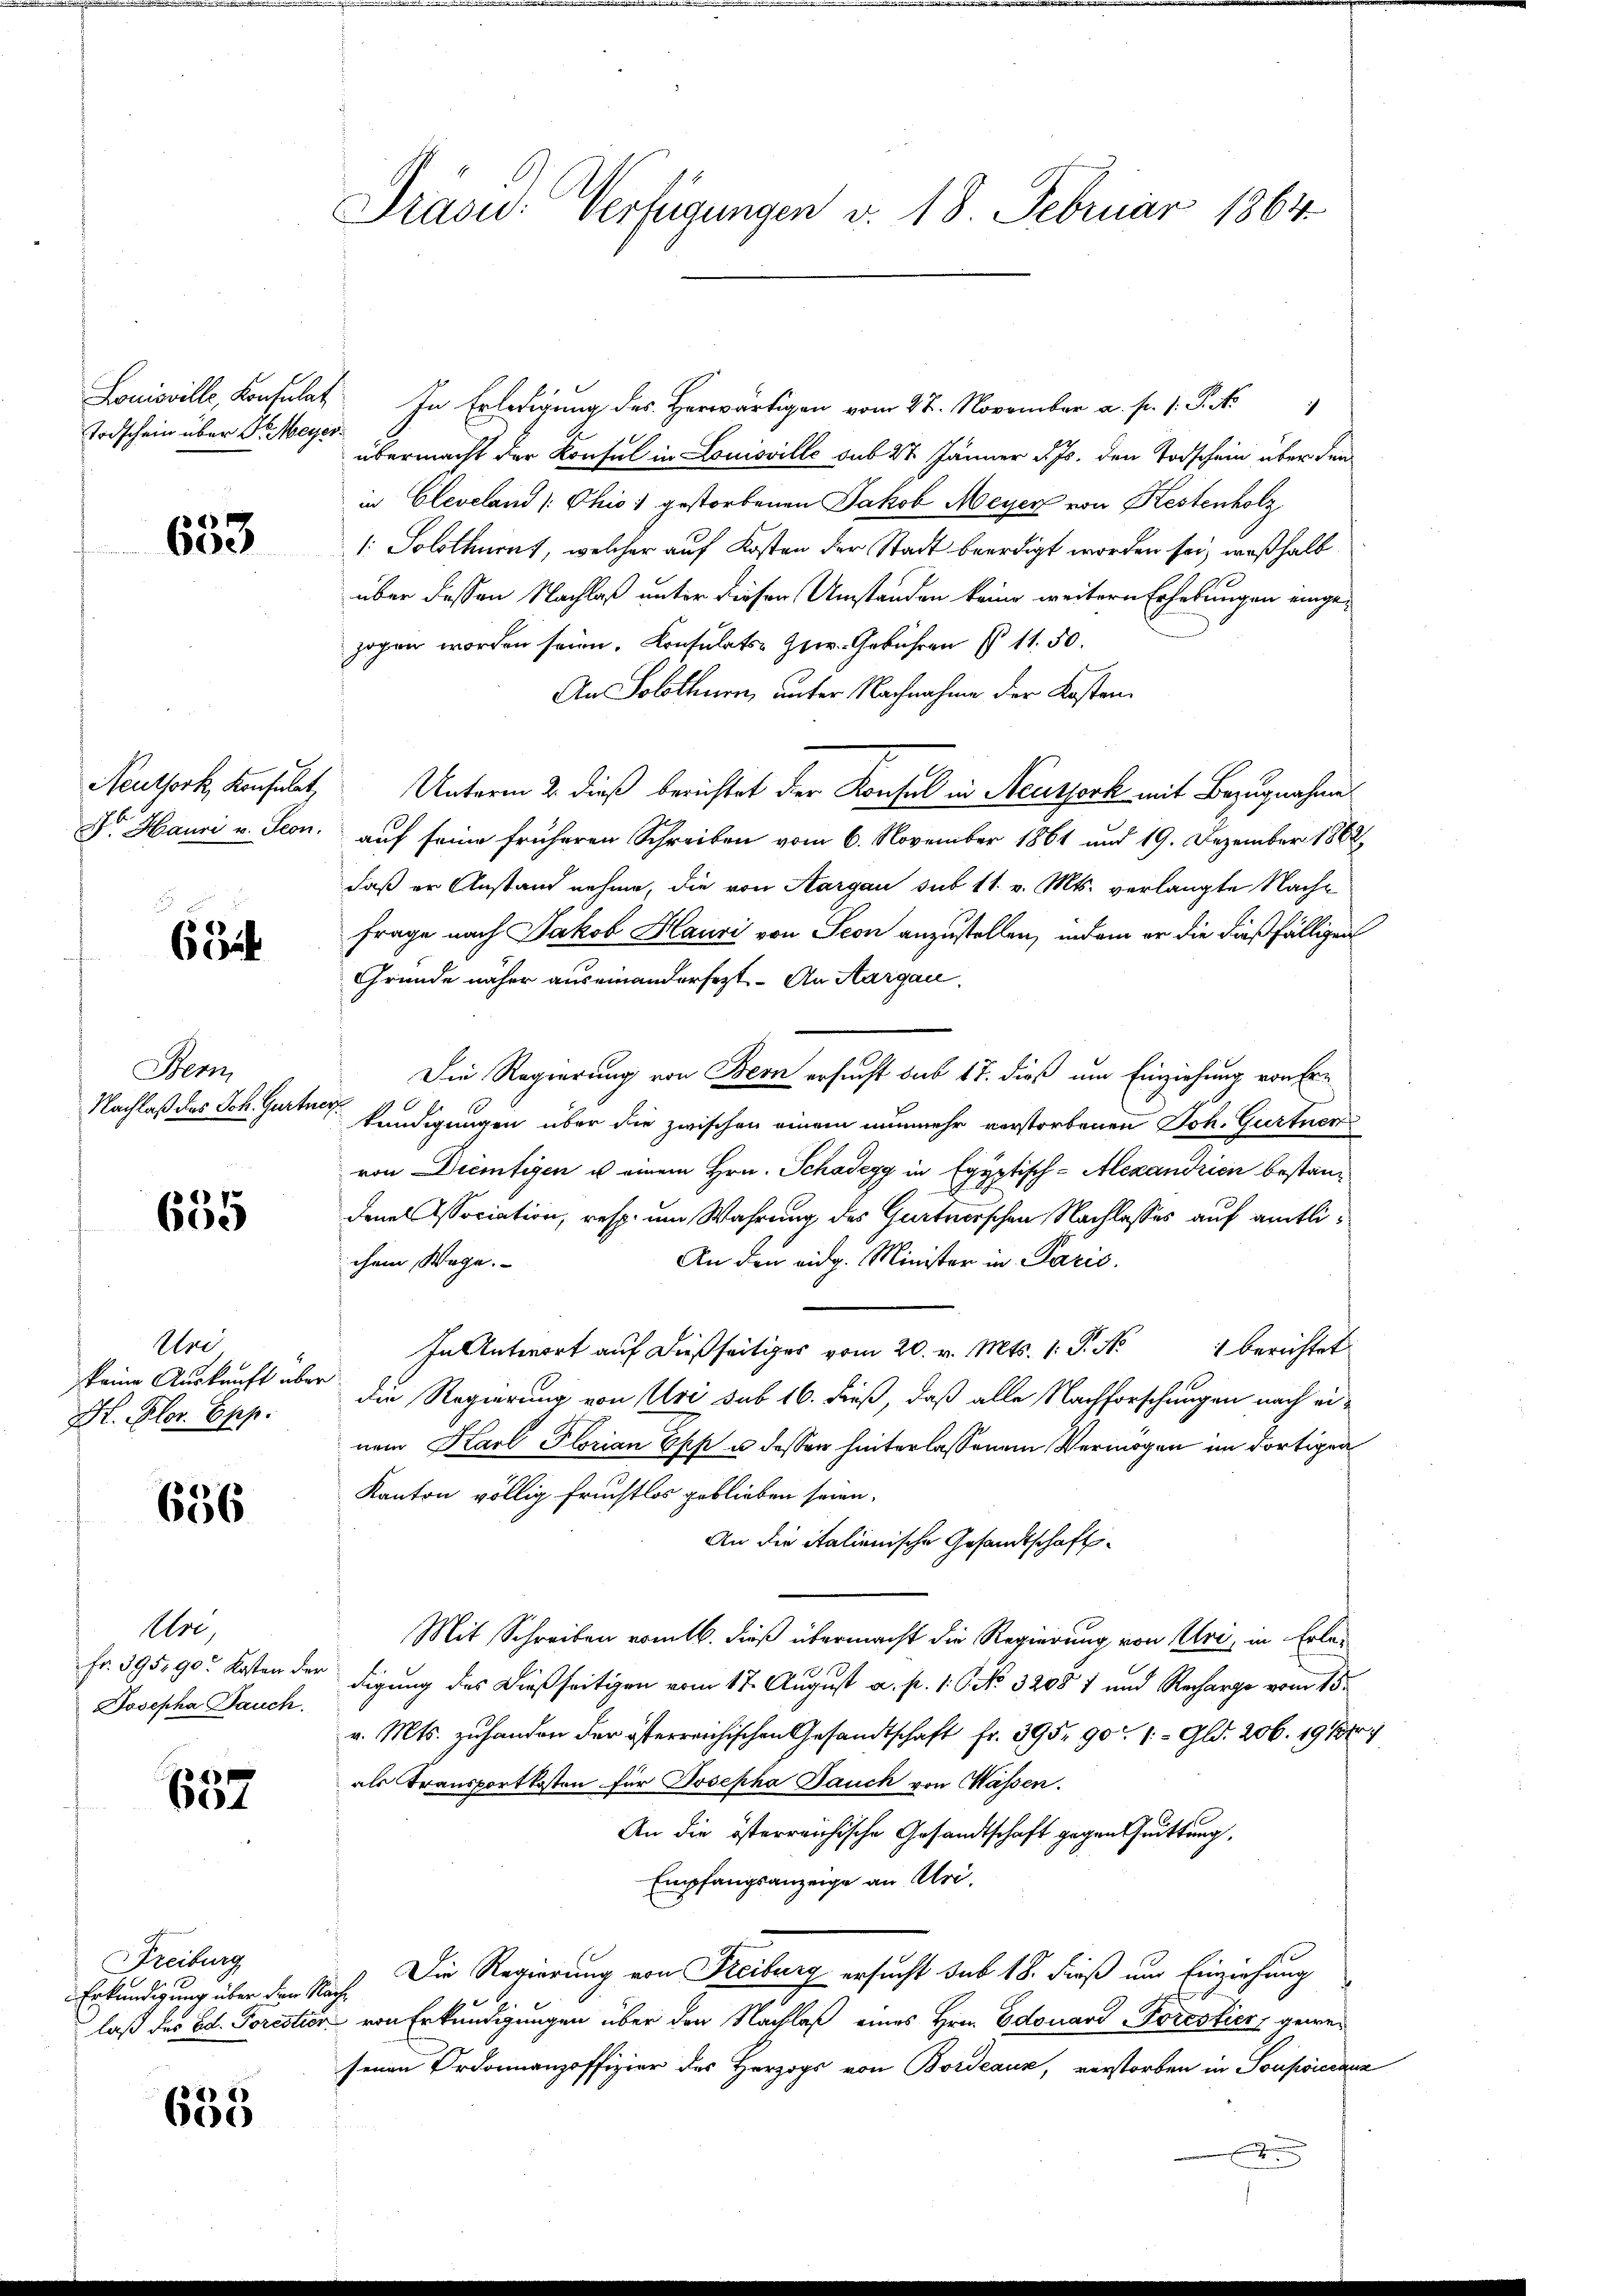
Todschein über Dr. Meyer.

633

Neuthork, Konsulat,
Dr. Hauri v. Seon.

2
632

Stem
Nachlaß des Joh. Gurte

.
600

Un
keine Auskunft über
H. Flor. Epp.

656

Ure
Fr. 395. 90. Kosten der
Josepha Jauch.

2
604

Freiburg
Erkundigung über den S.
laß das Ed. Forestio¬

635

Präsid.: Verfügungen v. 18. Februar 1864.

.....
übermacht der Konsul in Louisville sub 27. Jänner d. Js. den Todschein über den
in Cleveland [Chio gestorbenen Jakob Meyer von Kestenholz
: Solothurnt, welcher auf Kosten der Stadt beerdigt worden sei, weßhalb
über dessen Nachlaß unter diesen Umständen keine weitern Erhebungen eingezogen worden seien. Konsulats- Heer. Gebühren § 11. 50.
An Solothurn, unter Nachnahme der Kosten.
Unterm 2. dieß berichtet der Konsul in Neusserk mit Bezugnahme
auf seine früheren Schreiben vom 6. November 1861 und 19. Dezember 1862,
daß er Anstand nehme, die von Aargau sub 11. v. Mts. verlangte Nach¬
Frage nach Jakob Hausi von Seon anzustellen, indem er die dießfälligen
Gründe näher auseinandersezt. An Aargau.
Die Regierung von Bern ersucht sub 17. dieß um Einziehung von Fre
e
kundigungen über die zwischen einem nunmehr verstorbenen Joh. Gurtner
von Dientigen u einem Hrn. Schadegg in Egyptisch-Alexandrien bestandenes Association, resp. um Wahrung des Gurtnerschen Nachlasses auf amtli¬
An den eidg. Minister in Paris
chem Wege.
In Antwort auf dießseitiges vom 20. v. Mts. 1. P. Nr. 1 berichtet
e
die Regierung von Uri sub 16. dieß, daß alle Nachforschungen nach einem Karl Florian Epp u. dessen hinterlassenem Vermögen im dortigen
Kanton völlig Fruchtlos geblieben seien,
An die italienische Gesandtschafts¬
Mit Schreiben erint. dieß übermacht die Regierung von Uri, in Erledigung des Dießseitigen vom 17. August a. p. 1. C. No. 32087 und Recharge vom 15.
v. Mts. zuhanden der österreichischen Gesandtschaft fr. 395. 901.- Gld. 206. 1913
als Transportkosten für Josepha Jauch von Massen.
An die österreichische Gesandtschaft gegen Quittung,
Empfangsanzeige an Uri.
Die Regierung von Freiburg ersucht sub 18. dieß und Einziehung
a
u. von Erkundigungen über den Nachlaß eines Hrn. Edouard Forestier, gewesenen Ordonnanzoffizier des Herzogs von Bordeaux, verstorben in Soupsiccauz
.